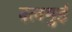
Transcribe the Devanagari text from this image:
दलमुई